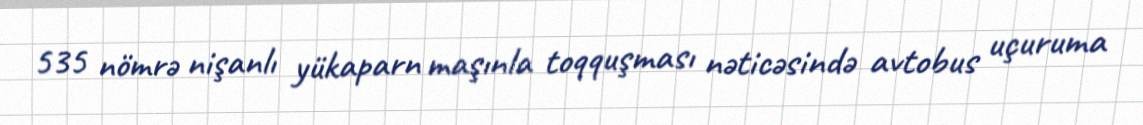
535 nömrə nişanlı yükaparn maşınla toqquşması nəticəsində avtobus uçuruma